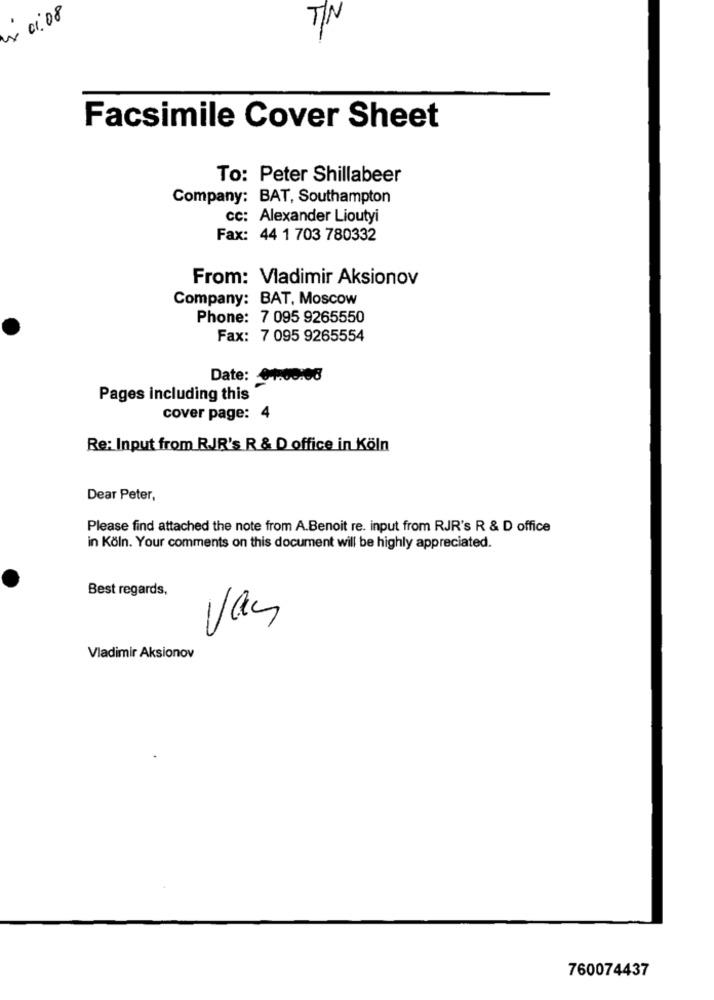
4 01:08
TIN
Facsimile Cover Sheet
To: Peter Shillabeer
Company: BAT, Southampton
cc: Alexander Lioutyi
Fax: 44 1 703 780332
From: Vladimir Aksionov
Company: BAT, Moscow
Phone: 7 095 9265550
Fax: 7 095 9265554
Date: 041:00:08
Pages including this
cover page: 4
Re: Input from RJR's R & D office in Köln
Dear Peter,
Please find attached the note from A.Benoit re. input from RJR's R & D office
in Köln. Your comments on this document will be highly appreciated.
Best regards,
Van
Vladimir Aksionov
760074437